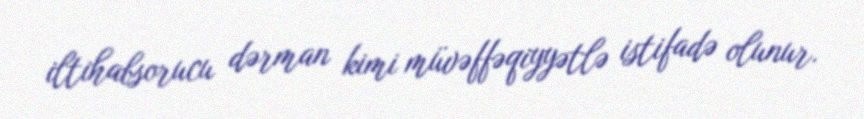
iltihabsorucu dərman kimi müvəffəqiyyətlə istifadə olunur.